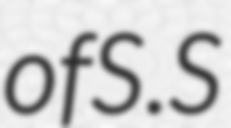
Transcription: of S.S